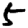
Digit: 5